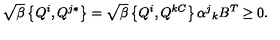
\sqrt { \beta } \left\{ Q ^ { i } , Q ^ { j * } \right\} = \sqrt { \beta } \left\{ Q ^ { i } , Q ^ { k C } \right\} \alpha ^ { j } { } _ { k } B ^ { T } \geq 0 .